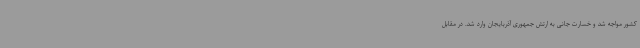
کشور مواجه شد و خسارت جانی به ارتش جمهوری آذربایجان وارد شد. در مقابل